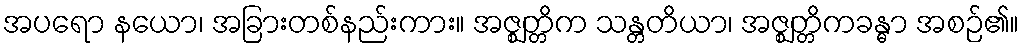
အပရော နယော၊ အခြားတစ်နည်းကား။ အဇ္ဈတ္တိက သန္တတိယာ၊ အဇ္ဈတ္တိကခန္ဓာ အစဉ်၏။